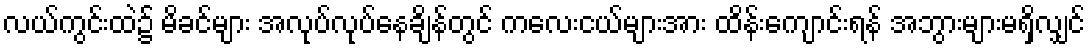
လယ်ကွင်းထဲ၌ မိခင်များ အလုပ်လုပ်နေချိန်တွင် ကလေးငယ်များအား ထိန်းကျောင်းရန် အဘွားများမရှိလျှင်